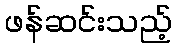
ဖန်ဆင်းသည့်